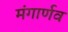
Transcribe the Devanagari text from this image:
मंगार्णव